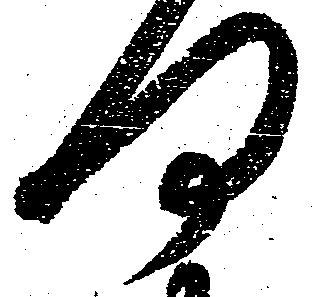
何